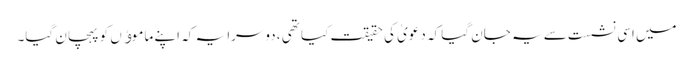
میں اسی نشست سے یہ جان گیا کہ دعویٰ کی حقیقت کیا تھی ، دوسرا یہ کہ اپنے ماموﺅں کو پہچان گیا۔